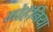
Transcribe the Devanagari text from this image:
मोहॅनिया